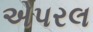
એપરલ